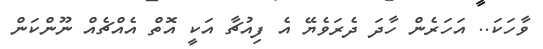
ވާހަކަ.. އަހަރެން ހާދަ ދެރަވެޔޭ އެ ފިއުޗާ އަކީ އޮތް އެއްޗެއް ނޫންކަން